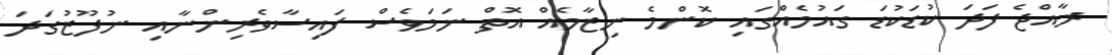
ރާއްޖެ ފަދަ ކުޑަކުޑަ ގައުމެއްގައި ކޮންމެ ނިޒާމެއް އޮތް ނަމަވެސް ފައިސާވެރިންނާއި ނުފޫޒުގަދަ